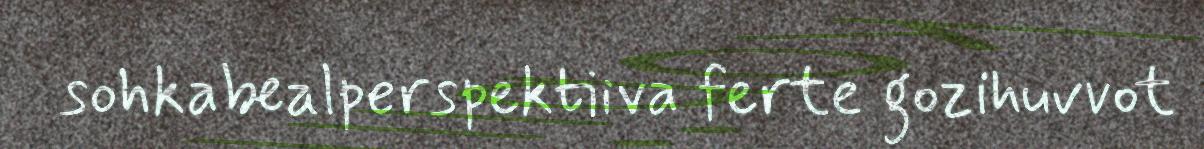
sohkabealperspektiiva ferte gozihuvvot